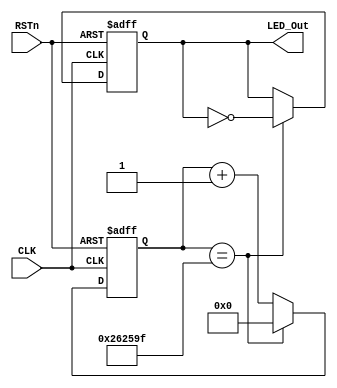
 `timescale 1ns / 1ps
 /* LED  */
 
 module flash_module(
    input CLK,
    input RSTn,
    output LED_Out
 );
 
    parameter T50MS = 22'd2_499_999;

    reg [21:0] Count1;

    always @(posedge CLK or negedge RSTn) begin
        if(!RSTn)
            Count1 <= 22'd0;
        else if(Count1 == T50MS)
            Count1 <= 22'd0;
        else 
            Count1 <= Count1 + 1'b1;
    end

    reg rLED_Out;

    always @(posedge CLK or negedge RSTn) begin
        if(!RSTn)
            rLED_Out <= 1'b0;
        else if(Count1 == T50MS)
            rLED_Out <= ~rLED_Out;
    end

    assign LED_Out = rLED_Out;

endmodule